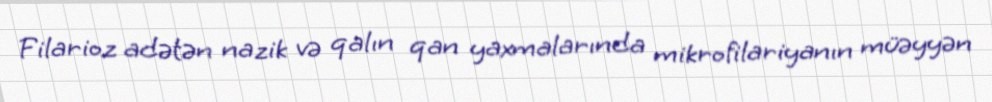
Filarioz adətən nazik və qalın qan yaxmalarında mikrofilariyanın müəyyən